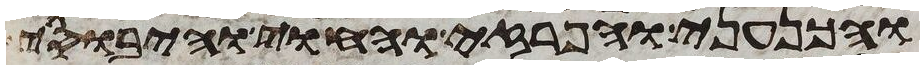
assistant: והכנעני והפרזי והחוי והיבוסי